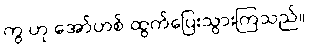
ကွ ဟု အော်ဟစ် ထွက်ပြေးသွားကြသည်။